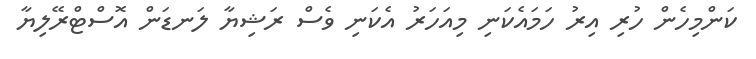
ކަންމިހެން ހުރި އިރު ހަމައެކަނި މިއަހަރު އެކަނި ވެސް ރަޝިޔާ ލަނޑަން އޮސްޓްރޭލިޔާ